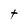
Character: t